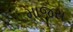
માજરા